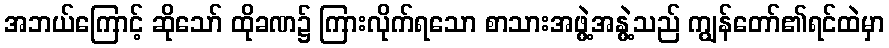
အဘယ်ကြောင့် ဆိုသော် ထိုခဏ၌ ကြားလိုက်ရသော စာသားအဖွဲ့အနွဲ့သည် ကျွန်တော်၏ရင်ထဲမှာ